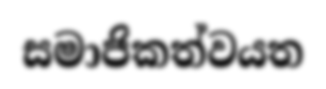
සමාජිකත්වයත